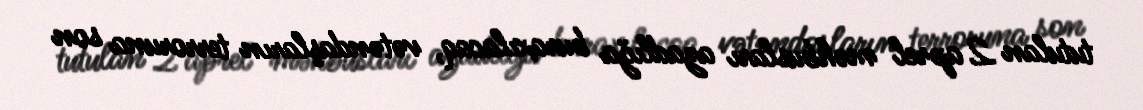
tutulan 2 aprel məhbusları azadlığa buraxılacaq, vətəndaşların terroruna son